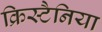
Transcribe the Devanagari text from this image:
क्रिस्टैनिया